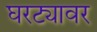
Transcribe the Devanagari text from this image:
घरट्यावर